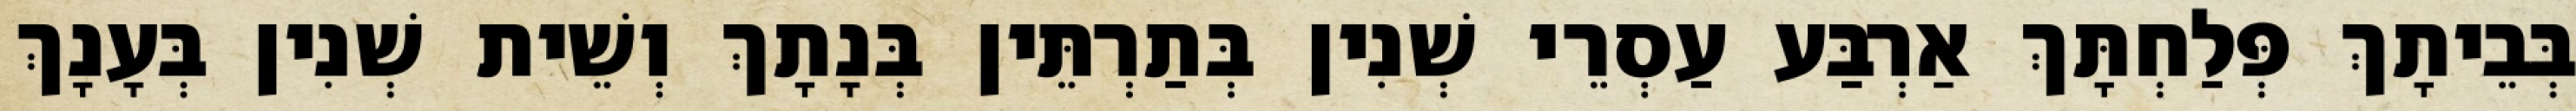
בְּבֵיתָךְ פְּלַחְתָּךְ אַרְבַּע עַסְרֵי שְׁנִין בְּתַרְתֵּין בְּנָתָךְ וְשֵׁית שְׁנִין בְּעָנָךְ